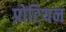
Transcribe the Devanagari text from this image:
प्रोटियन